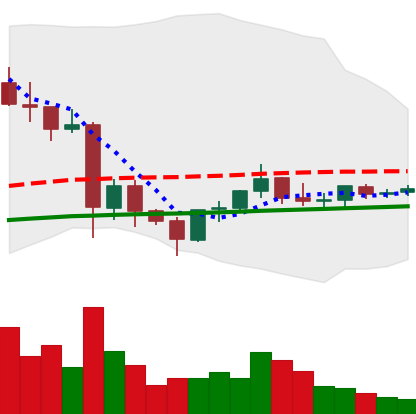
Ticker: EOS-USD
Chart end date: 2021-06-03
Forward return: -22.384%
Label: down_7plus